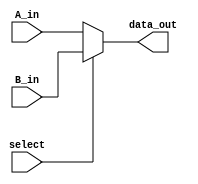
module Mux2_1(A_in, B_in, select, data_out);
input[31:0] A_in, B_in;
input select;
output reg [31:0] data_out;
always @(*)begin    
data_out <= select ? B_in : A_in; //if select = 1, then data_out = B_in, else vice versa
  end
endmodule